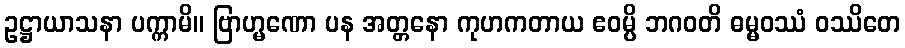
ဥဋ္ဌာယာသနာ ပက္ကာမိ။ ဗြာဟ္မဏော ပန အတ္တနော ကုဟကတာယ ဧဝမ္ပိ ဘဂဝတိ ဓမ္မဝဿံ ဝဿိတေ